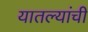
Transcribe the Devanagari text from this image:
यातल्यांची